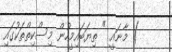
) މާނައީ " ތިޔަބައިމީހުން މިސްކިތްތަކުގައި